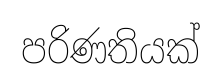
පරිණතියක්